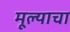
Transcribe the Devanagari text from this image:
मूल्याचा